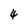
Character: 4